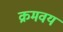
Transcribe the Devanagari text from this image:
क्रमवय